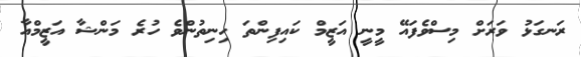
ރަނގަޅު ވަރަށް މިސްވެފައޭ މީނީ އަޒީމް ކައިފިންތަ ހިނިތުންވެ ހުރެ މަންޝާ އަޒީމްއާ